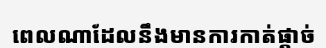
ពេលណាដែលនឹងមានការកាត់ផ្តាច់